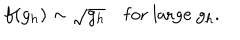
f ( g _ { h } ) \sim \sqrt { g _ { h } } \quad \mathrm { f o r ~ l a r g e } ~ g _ { h } .